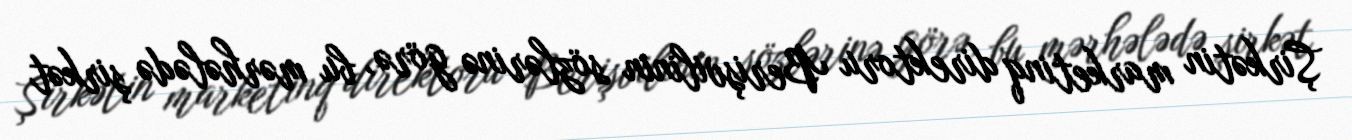
Şirkətin marketinq direktoru Berişvilinin sözlərinə görə, bu mərhələdə şirkət